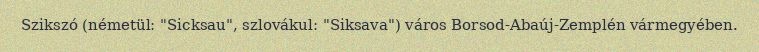
Szikszó (németül: "Sicksau", szlovákul: "Siksava") város Borsod-Abaúj-Zemplén vármegyében.